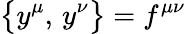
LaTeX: \bigl\{ y^{\mu},\, y^{\nu}\bigr\} =f^{\mu\nu}